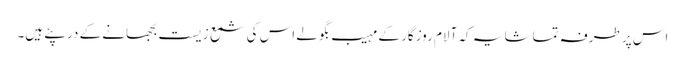
اس پر طرفہ تماشا یہ کہ آلام روزگار کے مہیب بگولے اس کی شمع زیست بجھانے کے در پئے ہیں۔